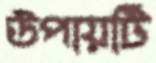
উপায়টি